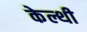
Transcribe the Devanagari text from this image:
केल्थी